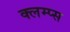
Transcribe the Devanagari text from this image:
क्लम्प्स